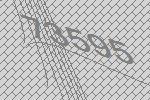
73595